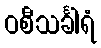
ဝစီသင်္ခါရံ